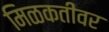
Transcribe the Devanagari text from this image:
मिळकतीवर